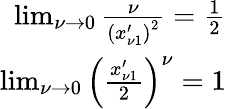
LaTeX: \begin{array}{r}{\operatorname*{lim}_{\nu\to 0}\frac{\nu}{\left(x_{\nu 1}^{\prime}\right)^{2}}=\frac{1}{2}}\\ {\operatorname*{lim}_{\nu\to 0}\left(\frac{x_{\nu 1}^{\prime}}{2}\right)^{\nu}=1}\end{array}